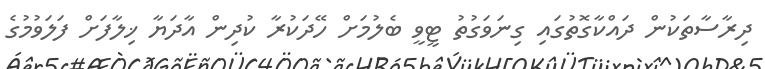
ދިރާސާތަކުން ދައްކާގޮތުގައި ގިނަވަގުތު ޓީވީ ބެލުމަށް ހޭދަކުރާ ކުދިން އާދަޔާ ޚިލާފަށް ފަލަވުމުގެ